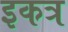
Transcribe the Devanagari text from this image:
इकत्र